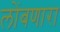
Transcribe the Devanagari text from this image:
लोंबणारा